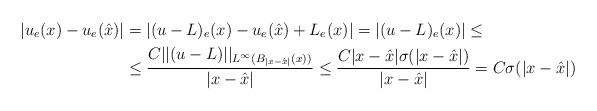
LaTeX: \begin{align*} |u_e(x)-u_e(\hat{x})|& = |(u-L)_e(x)-u_e(\hat{x}) + L_e(x)| = |(u-L)_e(x)|\leq \\& \leq \frac{C||(u-L)||_{L^{\infty}(B_{|x-\hat{x}|}(x))}}{|x-\hat{x}|} \leq \frac{C|x-\hat{x}|\sigma(|x-\hat{x}|)}{|x-\hat{x}|} = C\sigma(|x-\hat{x}|) \end{align*}